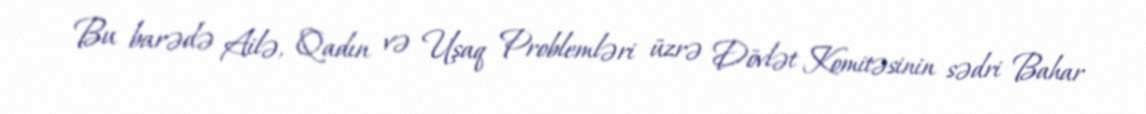
Bu barədə Ailə, Qadın və Uşaq Problemləri üzrə Dövlət Komitəsinin sədri Bahar